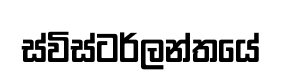
ස්විස්ටර්ලන්තයේ